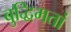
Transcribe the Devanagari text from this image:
बुद्धिमतां